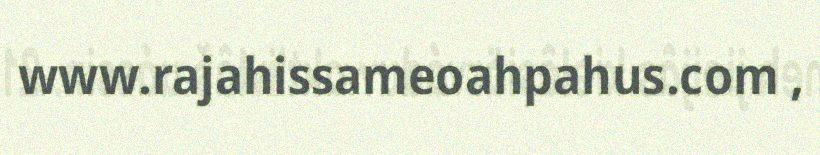
www.rajahissameoahpahus.com ,